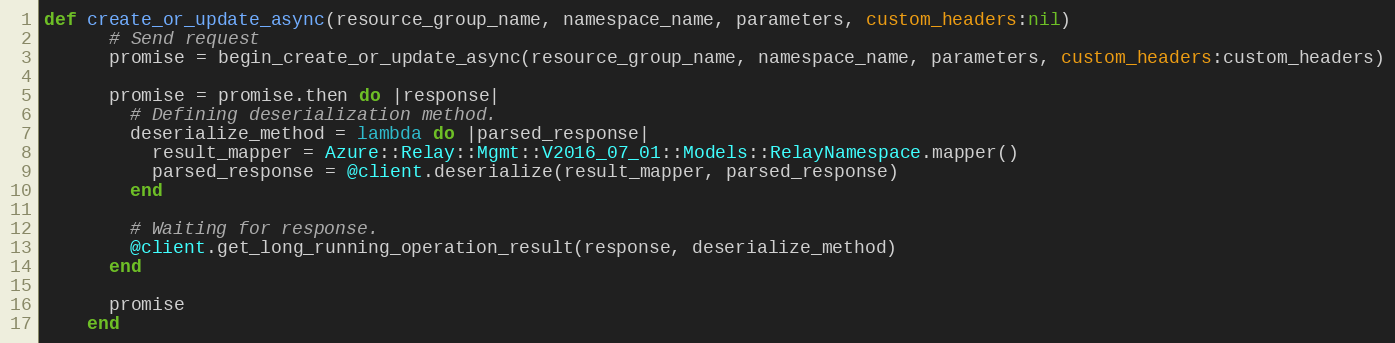
Language: Ruby
def create_or_update_async(resource_group_name, namespace_name, parameters, custom_headers:nil)
      # Send request
      promise = begin_create_or_update_async(resource_group_name, namespace_name, parameters, custom_headers:custom_headers)

      promise = promise.then do |response|
        # Defining deserialization method.
        deserialize_method = lambda do |parsed_response|
          result_mapper = Azure::Relay::Mgmt::V2016_07_01::Models::RelayNamespace.mapper()
          parsed_response = @client.deserialize(result_mapper, parsed_response)
        end

        # Waiting for response.
        @client.get_long_running_operation_result(response, deserialize_method)
      end

      promise
    end